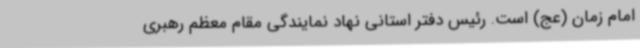
امام زمان (عج) است. رئیس دفتر استانی نهاد نمایندگی مقام معظم رهبری